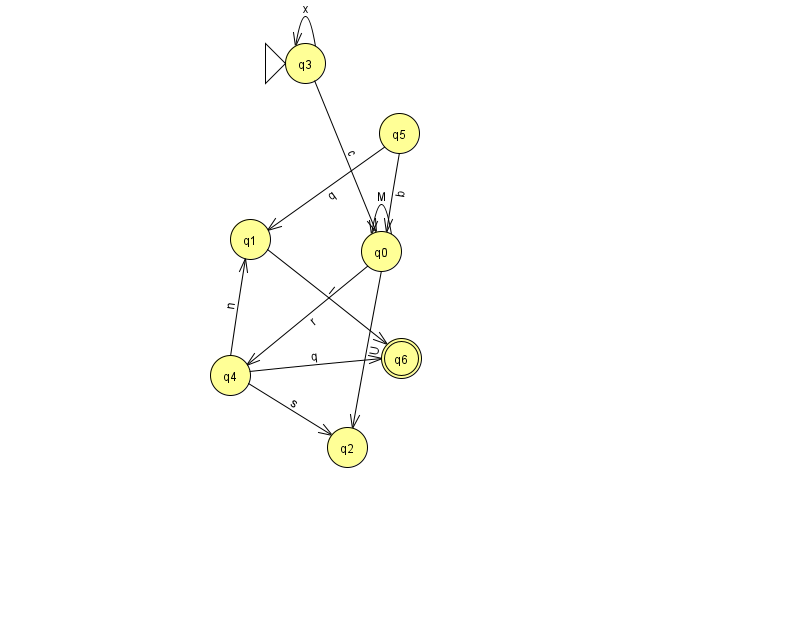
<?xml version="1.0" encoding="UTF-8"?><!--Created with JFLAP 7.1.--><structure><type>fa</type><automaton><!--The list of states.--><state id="0" name="q0"><x>381.0</x><y>238.0</y></state><state id="1" name="q1"><x>250.0</x><y>226.0</y></state><state id="2" name="q2"><x>347.0</x><y>434.0</y></state><state id="3" name="q3"><x>305.0</x><y>50.0</y><initial/></state><state id="4" name="q4"><x>230.0</x><y>362.0</y></state><state id="5" name="q5"><x>399.0</x><y>120.0</y></state><state id="6" name="q6"><x>401.0</x><y>345.0</y><final/></state><!--The list of transitions.--><transition><from>0</from><to>4</to><read>r</read></transition><transition><from>1</from><to>6</to><read>l</read></transition><transition><from>3</from><to>3</to><read>x</read></transition><transition><from>0</from><to>2</to><read>U</read></transition><transition><from>4</from><to>6</to><read>q</read></transition><transition><from>4</from><to>1</to><read>n</read></transition><transition><from>5</from><to>0</to><read>b</read></transition><transition><from>0</from><to>0</to><read>M</read></transition><transition><from>3</from><to>0</to><read>c</read></transition><transition><from>4</from><to>2</to><read>s</read></transition><transition><from>5</from><to>1</to><read>q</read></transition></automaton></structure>